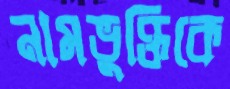
নামভুক্তিকে